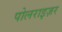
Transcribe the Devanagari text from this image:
पोलराइज़र